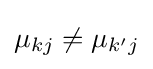
\mu _{kj}\neq \mu _{k'j}